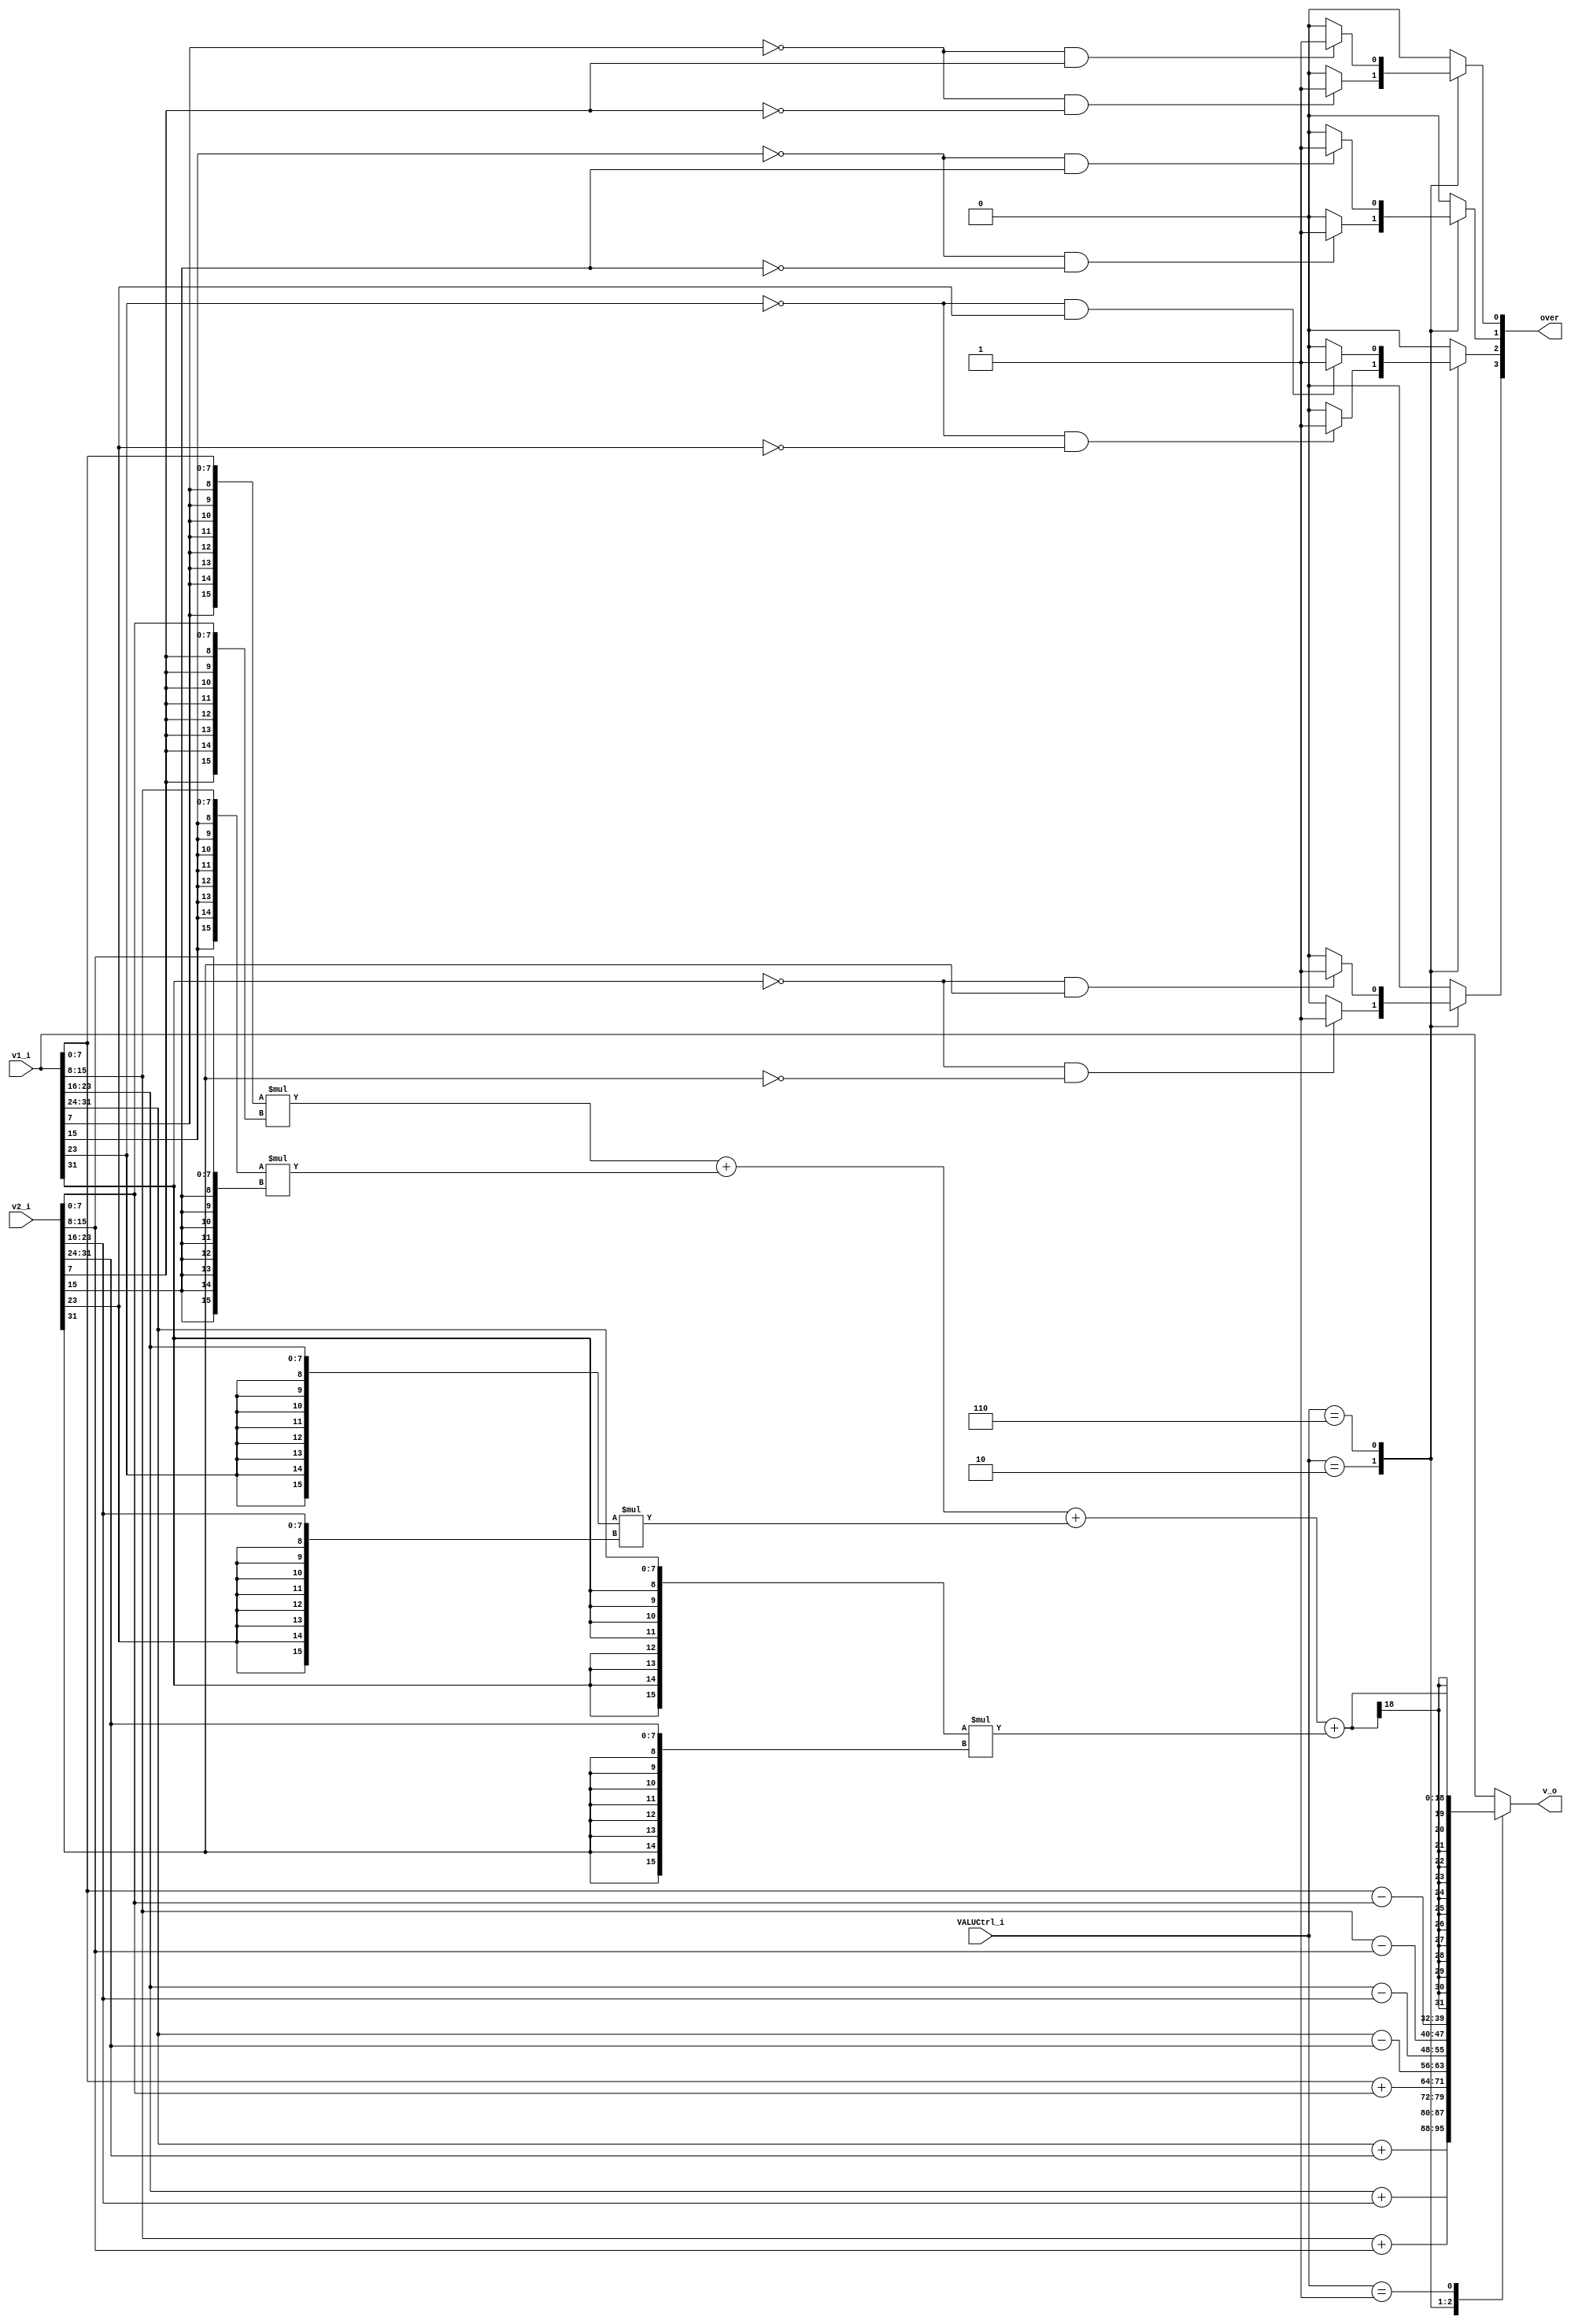
module VALU (v1_i, v2_i, VALUCtrl_i, v_o,over);

    input signed[31:0] v1_i, v2_i; 
    input [2:0] VALUCtrl_i; //VALU instruction
    output reg [31:0] v_o; //output vector
    output reg [3:0]  over;//signed bit
    //output reg VZero_o; //branching signal

    reg signed[7:0] e1, e2, e3, e4;
    reg signed[7:0] b1,b2,b3,b4,b5,b6,b7,b8;
    wire [15:0]  a1,a2,a3,a4,a5,a6,a7,a8;
    reg signed[15:0]   s1,s2,s3,s4;
    //sign extension
    assign a1 = {{8{v1_i[7]}} ,v1_i[7:0]};
    assign a2 = {{8{v2_i[7]}} ,v2_i[7:0]};
    assign a3 = {{8{v1_i[15]}},v1_i[15:8]};
    assign a4 = {{8{v2_i[15]}},v2_i[15:8]};
    assign a5 = {{8{v1_i[23]}},v1_i[23:16]};
    assign a6 = {{8{v2_i[23]}},v2_i[23:16]};
    assign a7 = {{8{v1_i[31]}},v1_i[31:24]};
    assign a8 = {{8{v2_i[31]}},v2_i[31:24]};

    

    parameter VSUM  = 3'b010; //vector addition
    parameter VSUB  = 3'b110; //vector subtraction
    parameter VDP   = 3'b001; //dot product
    //parameter VSM   = 3'b000; //scalar multiplication
    //parameter VADDI = 3'b011; //vector addi
    //parameter VXP  = 3'b100; //cross product
    
    always @(*) begin
        
        //VZero_o = (v1_i - v2_i) ? 0 : 1;
        over[0] = 0;
        over[1] = 0;
        over[2] = 0;
        over[3] = 0;
        b1 = v1_i[7:0];
        b2 = v2_i[7:0];
        b3 = v1_i[15:8];
        b4 = v2_i[15:8];
        b5 = v1_i[23:16];
        b6 = v2_i[23:16];
        b7 = v1_i[31:24];
        b8 = v2_i[31:24];
        case (VALUCtrl_i)
            VSUM: begin
                
                e1 = b1 + b2;
                e2 = b3 + b4;
                e3 = b5 + b6;
                e4 = b7 + b8;
                v_o = {e4,e3,e2,e1};
                
                if( ~v1_i[7]  & ~v2_i[7] )over[0] = 1;
                else over[0] = 0;
                if( ~v1_i[15] & ~v2_i[15] )over[1] = 1;
                else over[1] = 0;
                if( ~v1_i[23] & ~v2_i[23] )over[2] = 1;
                else over[2] = 0;
                if( ~v1_i[31] & ~v2_i[31] )over[3] = 1;
                else over[3] = 0;
                
            end
            
            VSUB: begin

                e1 = b1 - b2;
                e2 = b3 - b4;
                e3 = b5 - b6;
                e4 = b7 - b8;
                v_o = {e4,e3,e2,e1};


                if( ~v1_i[7]  & (v2_i[7]) )over[0] = 1;
                else over[0] = 0;
                if( ~v1_i[15] & (v2_i[15]) )over[1] = 1;
                else over[1] = 0;
                if( ~v1_i[23] & (v2_i[23]) )over[2] = 1;
                else over[2] = 0;
                if( ~v1_i[31] & (v2_i[31]) )over[3] = 1;
                else over[3] = 0;

            end

            VDP: begin
                
                s1  = a1 * a2 ;
                s2  = a3 * a4 ;
                s3  = a5 * a6 ;
                s4  = a7 * a8 ;//16bits
             
                v_o = (s1+s2+s3+s4);

            end

            default: begin
                
                over[0] = 0;
                over[1] = 0;
                over[2] = 0;
                over[3] = 0;
                v_o = v1_i;
                
            end
            
        endcase
        
    end
    
endmodule